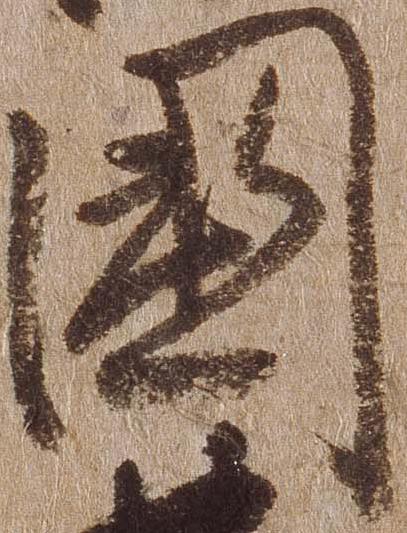
国